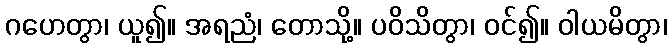
ဂဟေတွာ၊ ယူ၍။ အရညံ၊ တောသို့။ ပဝိသိတွာ၊ ဝင်၍။ ဝါယမိတွာ၊